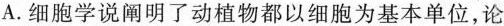
A. 细胞学说阐明了动植物都以细胞为基本单位，论